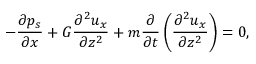
- \frac { \partial p _ { s } } { \partial x } + G \frac { \partial ^ { 2 } { u _ { x } } } { \partial z ^ { 2 } } + m \frac { \partial } { \partial t } \left( \frac { \partial ^ { 2 } u _ { x } } { \partial z ^ { 2 } } \right) = 0 ,